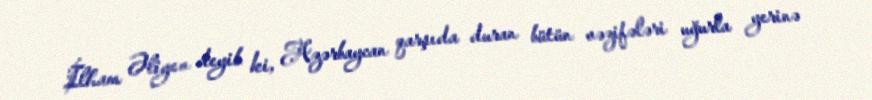
İlham Əliyev deyib ki, Azərbaycan qarşıda duran bütün vəzifələri uğurla yerinə